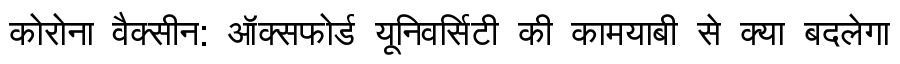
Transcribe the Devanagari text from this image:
कोरोना वैक्सीन: ऑक्सफोर्ड यूनिवर्सिटी की कामयाबी से क्या बदलेगा